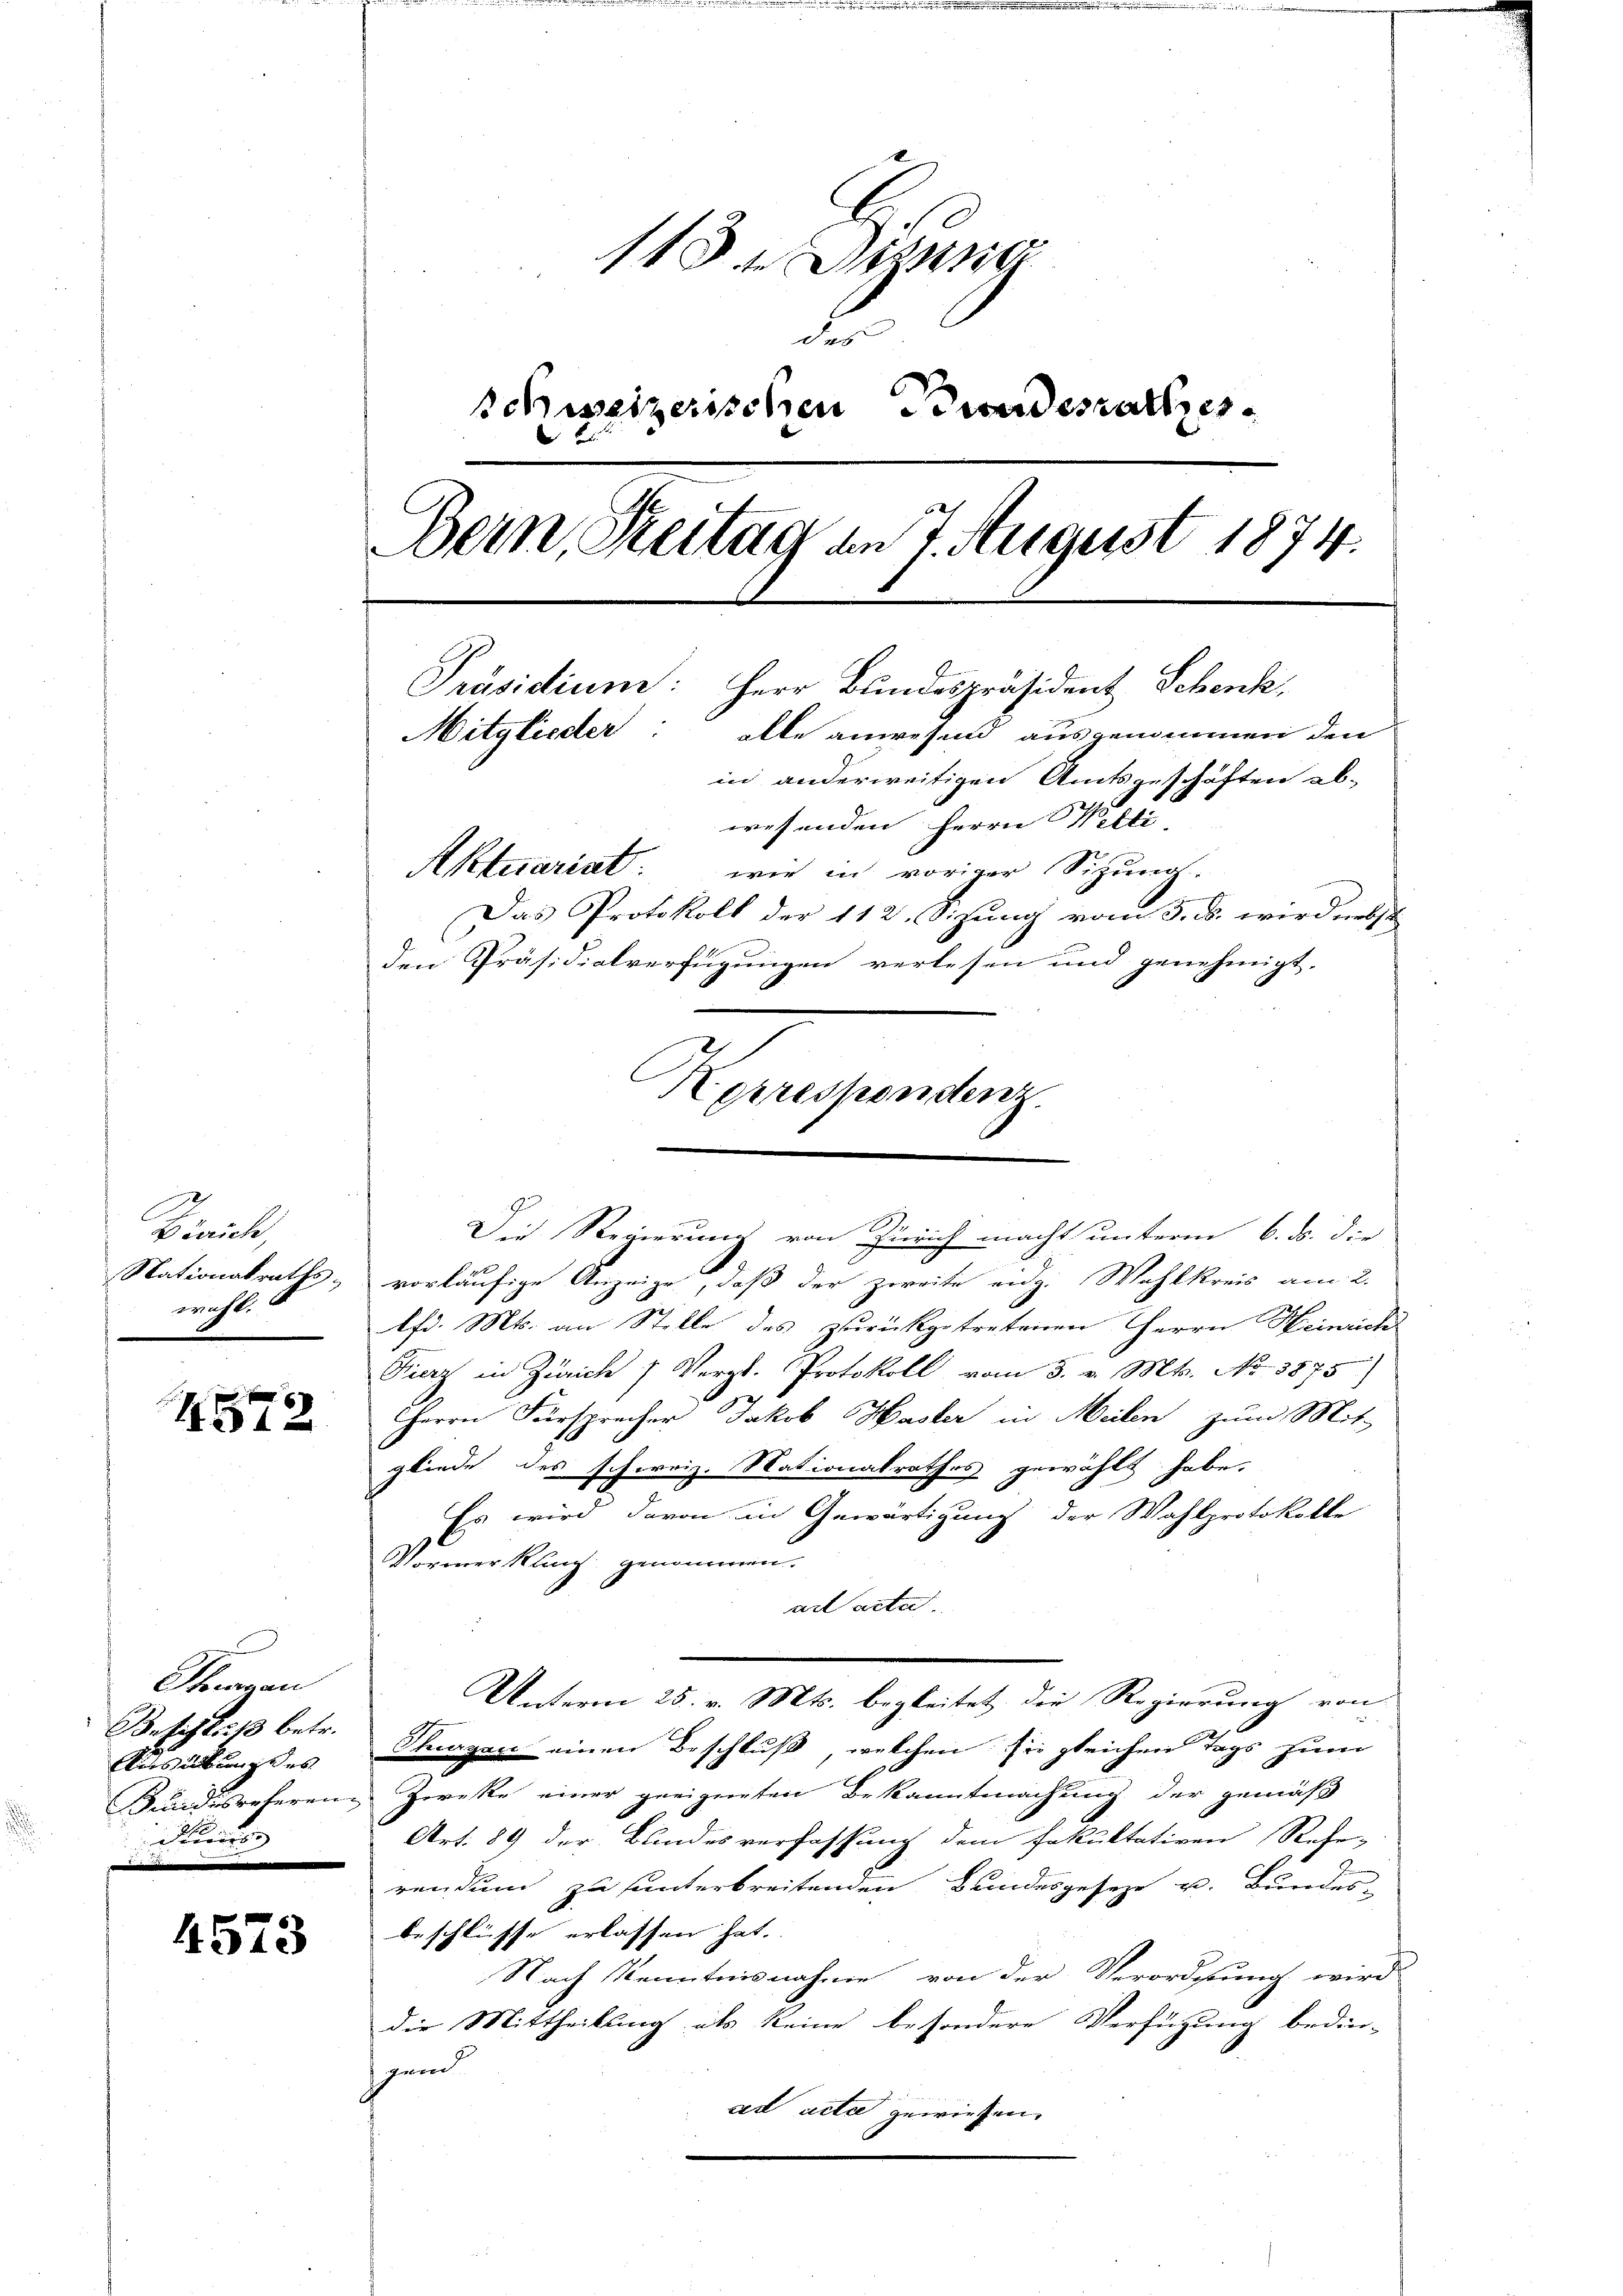
Birliche
Nationalrathsmacht.

4572

Shagen
Betistik betr.
Ausübung des
Kundesreferen
Stuos

4573

118 t Jung

Schweizerischen Brandesrathes
Dein Reitag am 7. August 1874.
Präsidium: Herr Bundespräsident Schenk,
Mitglieder
alle anwesend ausgenommen den
in anderweitigen Amtsgeschäften ab-
wesenden Herrn Welti |
Aktuarist: wie in voriger Sitzung.
g
Das Protokoll der 112. Sizung vom 3. ds. wird nebst
den Präsidialverfügungen verlesen und genehmigt.

vorläufige Anzeige, daß der zweite eidg. Wahlkreis am 2.
fd. Mts. an Stelle des zurückgetretenen Herrn Heinrich
Fierz in Zürich / Vergl. Protokoll vom 3. v. Mts. No 3875)
Herrn Fürsprecher Jakob Haster in Meilen zum Mit-
gliede des schweiz. Nationalrathes gewählt habe.
Es wird davon in Gewärtigung der Wahlprotokolle
Vormerklich genommen.
aracta.
Unterm 25. v. Mts. begleitet, die Regierung von
Steegen einen Beschluß, welchen sie gleichen Tags zum
Zwecke einer geeigneten Bekanntmachung der gemäß
Art. 89 der Bundesverfassung dem fakultativen Rehe-
rendum zu unterbreitenden Bundesgeseze u. Bundes-
beschlüsse erlassen hat.
Nach Kenntnisnahme von der Verordnung wird
der Mittheilung als keine besondere Verfügung bedin-
gret
sed acte gewiesen.

Korrespondenz.

Die Regierung von Zürich macht unterm 6. ds. die